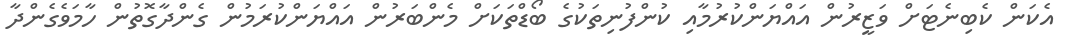
އެކަން ކެބިނެޓަށް ވަޒީރުން އައްޔަންކުރުމާއި ކުންފުނިތަކުގެ ބޯޑްތަކަށް މެންބަރުން އައްޔަންކުރަމުން ގެންދާގޮތުން ހާމަވެގެންދާ